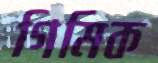
গিমিক